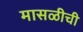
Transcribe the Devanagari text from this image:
मासळीची